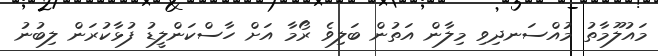
މައުލޫމާތު މުއްސަނދިވި މިލާން އަތުން ބަލިވެ ރޯމާ އަށް ހާސްކަންލީޑު ފުޅާކުރަން ލިބުނު